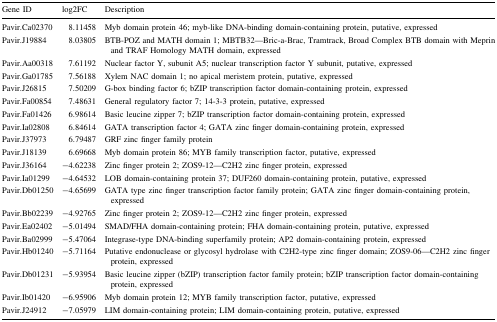
<table><thead><tr><td><b>Gene ID</b></td><td><b>log2FC</b></td><td><b>Description</b></td></tr></thead><tbody><tr><td>Pavir.Ca02370</td><td>8.11458</td><td>Myb domain protein 46; myb-like DNA-binding domain-containing protein, putative, expressed</td></tr><tr><td>Pavir.J19884</td><td>8.03805</td><td>BTB-POZ and MATH domain 1; MBTB32—Bric-a-Brac, Tramtrack, Broad Complex BTB domain with Meprin and TRAF Homology MATH domain, expressed</td></tr><tr><td>Pavir.Aa00318</td><td>7.61192</td><td>Nuclear factor Y, subunit A5; nuclear transcription factor Y subunit, putative, expressed</td></tr><tr><td>Pavir.Ga01785</td><td>7.56188</td><td>Xylem NAC domain 1; no apical meristem protein, putative, expressed</td></tr><tr><td>Pavir.J26815</td><td>7.50209</td><td>G-box binding factor 6; bZIP transcription factor domain-containing protein, expressed</td></tr><tr><td>Pavir.Fa00854</td><td>7.48631</td><td>General regulatory factor 7; 14-3-3 protein, putative, expressed</td></tr><tr><td>Pavir.Fa01426</td><td>6.98614</td><td>Basic leucine zipper 7; bZIP transcription factor domain-containing protein, expressed</td></tr><tr><td>Pavir.Ia02808</td><td>6.84614</td><td>GATA transcription factor 4; GATA zinc finger domain-containing protein, expressed</td></tr><tr><td>Pavir.J37973</td><td>6.79487</td><td>GRF zinc finger family protein</td></tr><tr><td>Pavir.J18139</td><td>6.69668</td><td>Myb domain protein 86; MYB family transcription factor, putative, expressed</td></tr><tr><td>Pavir.J36164</td><td>−4.62238</td><td>Zinc finger protein 2; ZOS9-12—C2H2 zinc finger protein, expressed</td></tr><tr><td>Pavir.Ia01299</td><td>−4.64532</td><td>LOB domain-containing protein 37; DUF260 domain-containing protein, putative, expressed</td></tr><tr><td>Pavir.Db01250</td><td>−4.65699</td><td>GATA type zinc finger transcription factor family protein; GATA zinc finger domain-containing protein, expressed</td></tr><tr><td>Pavir.Bb02239</td><td>−4.92765</td><td>Zinc finger protein 2; ZOS9-12—C2H2 zinc finger protein, expressed</td></tr><tr><td>Pavir.Ea02402</td><td>−5.01494</td><td>SMAD/FHA domain-containing protein; FHA domain-containing protein, putative, expressed</td></tr><tr><td>Pavir.Ba02999</td><td>−5.47064</td><td>Integrase-type DNA-binding superfamily protein; AP2 domain-containing protein, expressed</td></tr><tr><td>Pavir.Hb01240</td><td>−5.71164</td><td>Putative endonuclease or glycosyl hydrolase with C2H2-type zinc finger domain; ZOS9-06—C2H2 zinc finger protein, expressed</td></tr><tr><td>Pavir.Db01231</td><td>−5.93954</td><td>Basic leucine zipper (bZIP) transcription factor family protein; bZIP transcription factor domain-containing protein, expressed</td></tr><tr><td>Pavir.Ib01420</td><td>−6.95906</td><td>Myb domain protein 12; MYB family transcription factor, putative, expressed</td></tr><tr><td>Pavir.J24912</td><td>−7.05979</td><td>LIM domain-containing protein; LIM domain-containing protein, putative, expressed</td></tr></tbody></table>